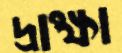
দ্রাক্ষা